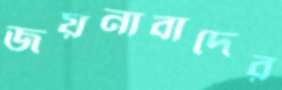
জয়নাবাদের